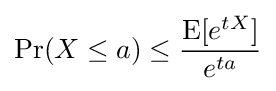
\Pr(X\leq a)\leq {\frac {\operatorname {E} [e^{tX}]}{e^{ta}}}